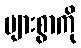
များစွာကို